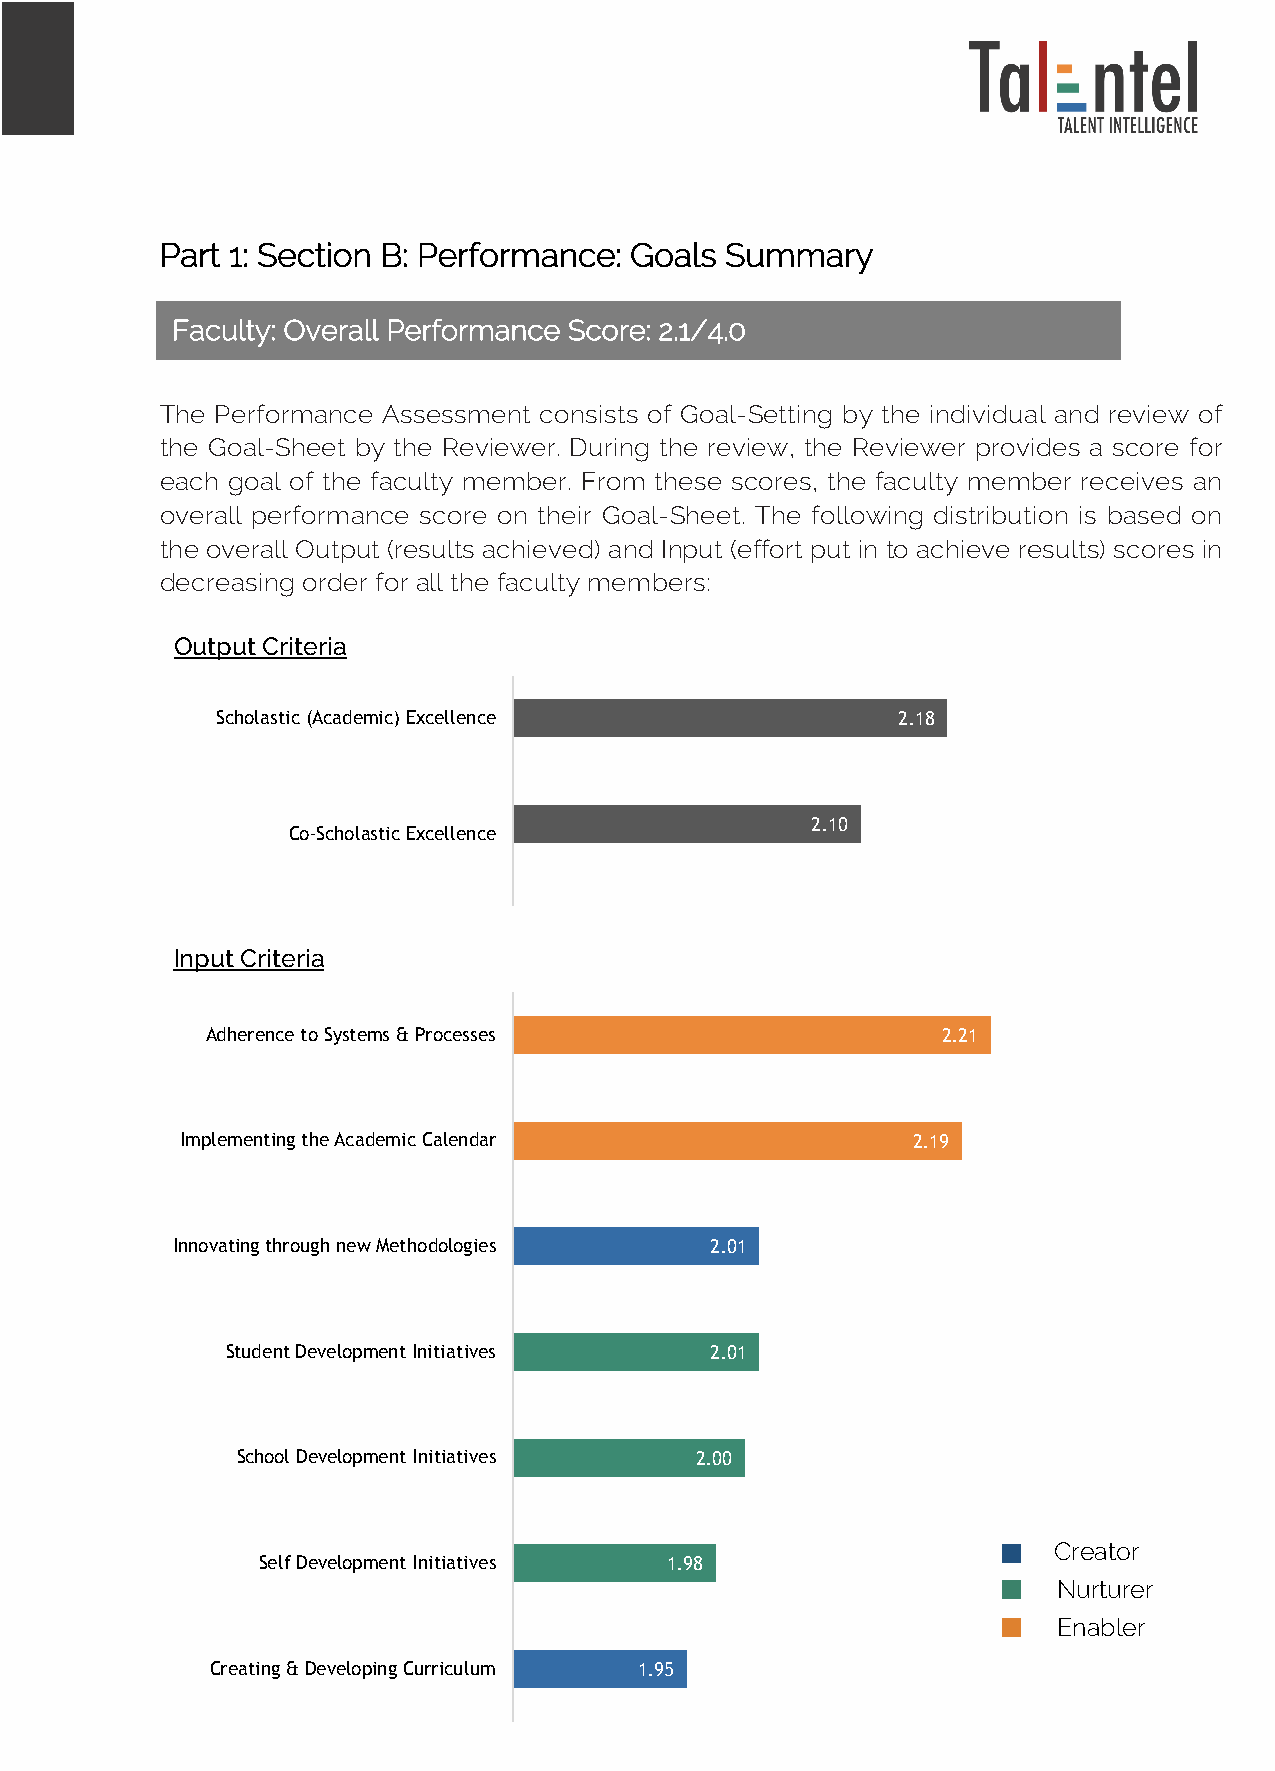
Part 1: Section B: Performance: Goals Summary
 FF aa cc uu ltl yty
 :
 :
 O
 O vv ee rara lll l
 P
 P ee rfr ofo rmrm aa nn cc ee
 S
 S cc oo rere
 :
 :
 2
 2 .1. /1/ 44 .0.0
 The Performance Assessment consists of Goal-Setting by the individual and review of
 the Goal-Sheet by the Reviewer. During the review, the Reviewer provides a score for
 each goal of the faculty member. From these scores, the faculty member receives an
 overall performance score on their Goal-Sheet. The following distribution is based on
 the overall Output (results achieved) and Input (effort put in to achieve results) scores in
 decreasing order for all the faculty members:
 Output Criteria
 Scholastic (Academic) Excellence             2.18
 2.10
 Co-Scholastic Excellence
 Input Criteria
 Adherence to Systems & Processes                2.21
 Implementing the Academic Calendar              2.19
 Innovating through new Methodologies 2.01
 Student Development Initiatives 2.01
 School Development Initiatives 2.00
 Creator
 Self Development Initiatives 1.98
 Nurturer
 Enabler
 Creating & Developing Curriculum 1.95